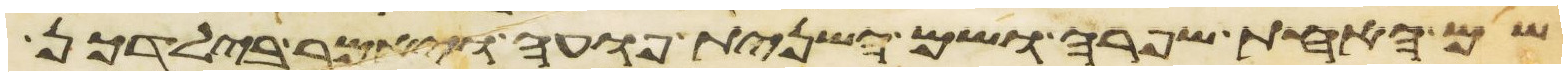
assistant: שם האחת שפרה ושם השנית פועה ויאמר בילדכן